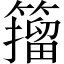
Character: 籀